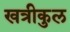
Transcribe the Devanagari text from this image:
खत्रीकुल